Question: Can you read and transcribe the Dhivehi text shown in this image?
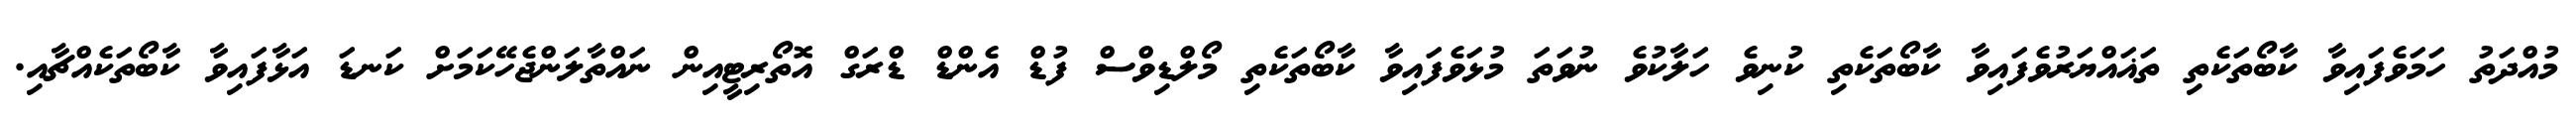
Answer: މުއްދަތު ހަމަވެފައިވާ ކާބޯތަކެތި ތަޣައްޔަރުވެފައިވާ ކާބޯތަކެތި ކުނިވެ ހަލާކުވެ ނުވަތަ މުޅަވެފައިވާ ކާބޯތަކެތި މޯލްޑިވްސް ފުޑް އެންޑް ޑްރަގް އޮތޯރިޓީއިން ނައްތާލަންޖެހޭކަމަށް ކަނޑަ އަޅާފައިވާ ކާބޯތަކެއްޗާއި.